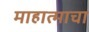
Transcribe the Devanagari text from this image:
माहात्माचा